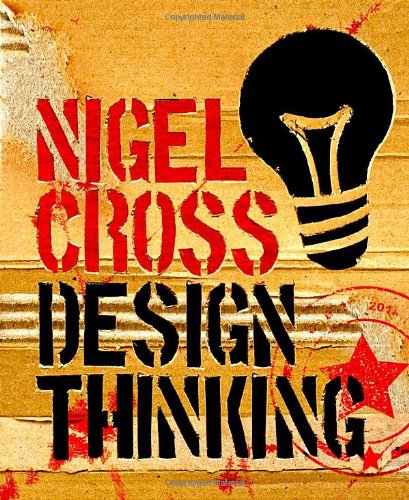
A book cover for Design Thinking: Understanding How Designers Think and Work; Nigel Cross; Arts & Photography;